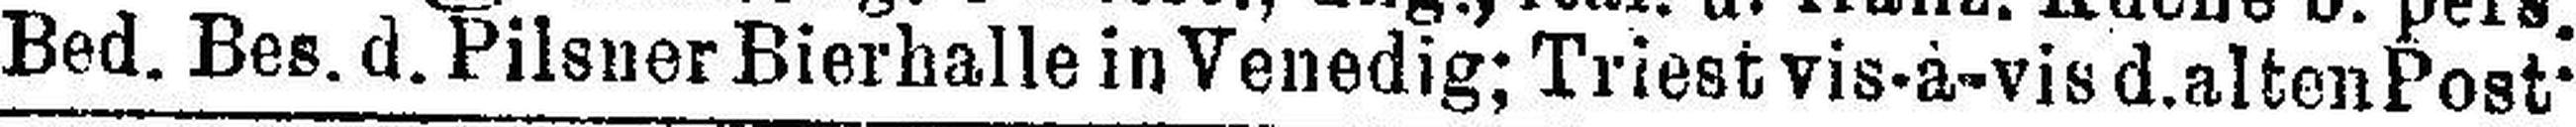
Bed. Bes. d. Pilsner Bierhalle inVenedig; Triest vis-à-vis d. alten Post.